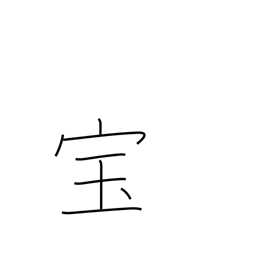
Meaning: treasure